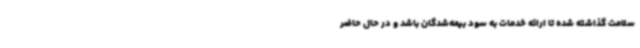
سلامت گذاشته شده تا ارائه خدمات به سود بیمه‌شدگان باشد و در حال حاضر